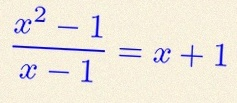
\frac{x^2-1}{x-1}=x+1